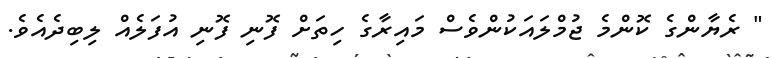
" ރެޔާންގެ ކޮންމެ ޖުމްލައަކުންވެސް މައިރާގެ ހިތަށް ފޮނި ފޮނި އުފަލެއް ލިބިދެއެވެ.